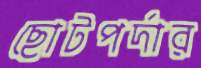
ছোটপর্দার